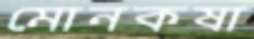
মোনকষা